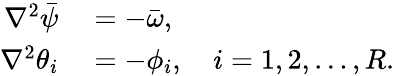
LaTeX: \begin{array}{rl}{\nabla^{2}\bar{\psi}}&{{}=-\bar{\omega},}\\ {\nabla^{2}\theta_{i}}&{{}=-\phi_{i},\quad i=1,2,\dots,R.}\end{array}